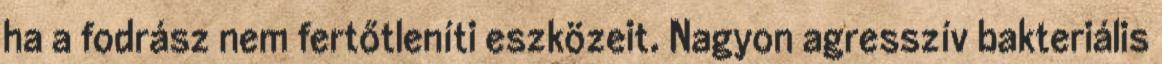
ha a fodrász nem fertőtleníti eszközeit. Nagyon agresszív bakteriális